Lunatic asylums in Bengal annual reports 1888-1898 - 1888-1898
Year: 1888
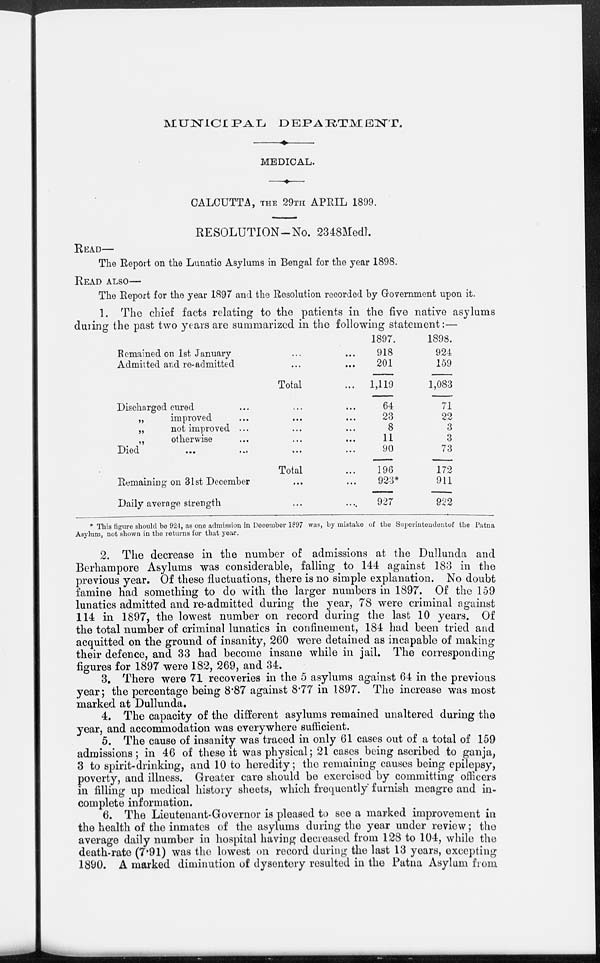
MUNICIPAL DEPARTMENT.
MEDICAL.
CALCUTTA, THE 29TH APRIL 1899.
RESOLUTION-No. 2348Medl.
READ—
The Report on the Lunatic Asylums in Bengal for the year 1898.
READ ALSO—
The Report for the year 1897 and the Resolution recorded by Government upon it.
1. The chief facts relating to the patients in the five native asylums
during the past two years are summarized in the following statement:—
Remained on 1st January ... ...
Admitted and re-admitted ... ...
Total ...
Discharged cured ... ... ...
„
improved ... ... ...
„
not improved ... ... ...
„
otherwise ... ... ...
Died ... ... ... ...
Total ...
Remaining on 31st December ... ...
Daily average strength ... ...
1897.
918
201
1,119
64
23
8
11
90
196
923*
927
1898.
924
159
1,083
71
22
3
3
73
172
911
922
* This figure should be 924, as one admission in December 1897 was, by mistake of the Superintendentof the Patna
Asylum, not shown in the returns for that year.
2. The decrease in the number of admissions at the Dullunda and
Berhampore Asylums was considerable, falling to 144 against 183 in the
previous year. Of these fluctuations, there is no simple explanation. No doubt
famine had something to do with the larger numbers in 1897. Of the 159
lunatics admitted and re-admitted during the year, 78 were criminal against
114 in 1897, the lowest number on record during the last 10 years. Of
the total number of criminal lunatics in confinement, 184 had been tried and
acquitted on the ground of insanity, 260 were detained as incapable of making
their defence, and 33 had become insane while in jail. The corresponding
figures for 1897 were 182, 269, and 34.
3. There were 71 recoveries in the 5 asylums against 64 in the previous
year; the percentage being 8.87 against 8.77 in 1897. The increase was most
marked at Dullunda.
4. The capacity of the different asylums remained unaltered during the
year, and accommodation was everywhere sufficient.
5. The cause of insanity was traced in only 61 cases out of a total of 159
admissions; in 46 of these it was physical; 21 cases being ascribed to ganja,
3 to spirit-drinking, and 10 to heredity; the remaining causes being epilepsy,
poverty, and illness. Greater care should be exercised by committing officers
in filling up medical history sheets, which frequently furnish meagre and in-
complete information.
6. The Lieutenant-Governor is pleased to see a marked improvement in
the health of the inmates of the asylums during the year under review; the
average daily number in hospital having decreased from 128 to 104, while the
death-rate (7.91) was the lowest on record during the last 13 years, excepting
1890. A marked diminution of dysentery resulted in the Patna Asylum from